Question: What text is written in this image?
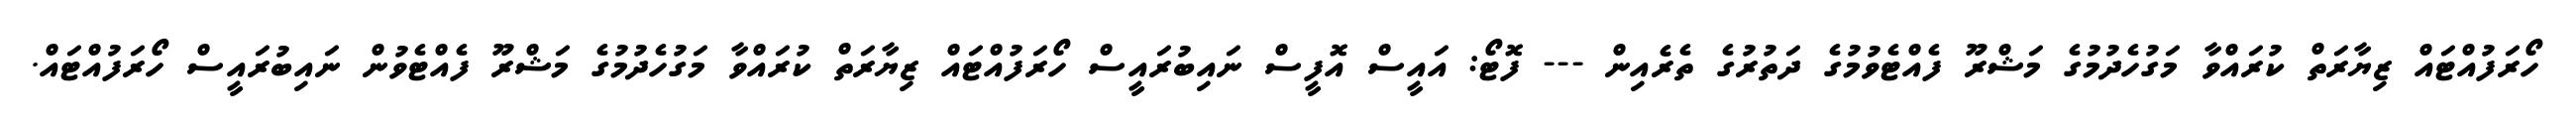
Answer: ހޯރަފުއްޓައް ޒިޔާރަތް ކުރައްވާ މަގުހެދުމުގެ މަޝްރޫ ފެއްޓެވުމުގެ ދަތުރުގެ ތެރެއިން --- ފޮޓޯ: އައީސް އޮފީސް ނައިބުރައީސް ހޯރަފުއްޓައް ޒިޔާރަތް ކުރައްވާ މަގުހެދުމުގެ މަޝްރޫ ފެއްޓެވުން ނައިބުރައީސް ހޯރަފުއްޓައް.